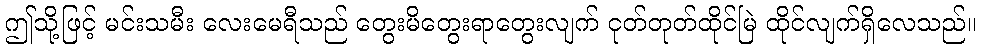
ဤသို့ဖြင့် မင်းသမီး လေးမေရီသည် တွေးမိတွေးရာတွေးလျက် ငုတ်တုတ်ထိုင်မြဲ ထိုင်လျက်ရှိလေသည်။